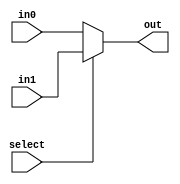
module mux_16(select, in0, in1, out);
	input select;
	input [15:0] in0, in1;
	output [15:0] out;
	assign out = select ? in1: in0;
endmodule